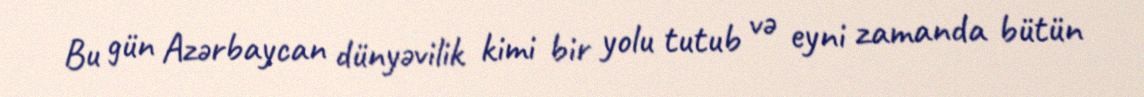
Bu gün Azərbaycan dünyəvilik kimi bir yolu tutub və eyni zamanda bütün